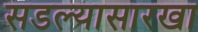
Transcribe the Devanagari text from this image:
सडल्यासारखा